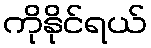
ကိုနိုင်ရယ်